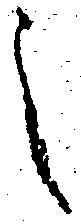
之